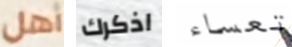
أهل اذكرك تعساء